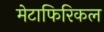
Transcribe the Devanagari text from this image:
मेटाफिरिकल